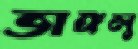
ভাঙ্গলু